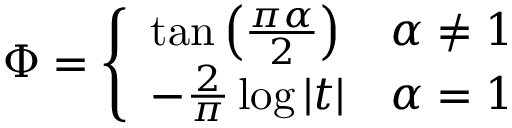
\Phi = { \left\{ \begin{array} { l l } { \tan \left( { \frac { \pi \alpha } { 2 } } \right) } & { \alpha \neq 1 } \\ { - { \frac { 2 } { \pi } } \log | t | } & { \alpha = 1 } \end{array} \right. }